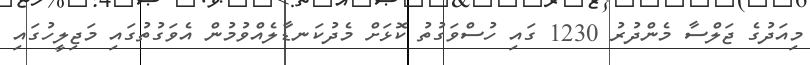
މިއަދުގެ ޖަލްސާ މެންދުރު 1230 ގައި ހުސްވަގުތު ކޮޅަށް މެދުކަނޑާލެއްވުމުން އެވަގުތުގައި މަޖިލީހުގައި